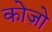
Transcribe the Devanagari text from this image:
कोज़ो